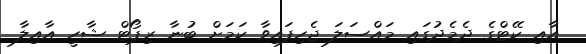
އާއި ކޭޓްގެ ދެމެދުގައި މައްސަލަ ޖެހިފައިވާ ކަމަށް ބުނާ ރިޕޯޓް ޝާހީ އާއިލާ